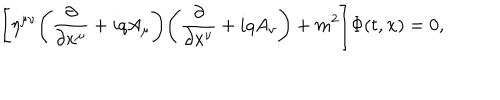
LaTeX: \Biggl [ \eta ^ { \mu \nu } \Biggl ( \frac { \partial } { \partial x ^ { \mu } } + i q A _ { \mu } \Biggr ) \Biggl ( \frac { \partial } { \partial x ^ { \nu } } + i q A _ { \nu } \Biggr ) + m ^ { 2 } \Biggr ] \Phi ( t , { \bf x } ) = 0 ,